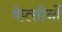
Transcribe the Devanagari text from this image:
वेक्सीनों